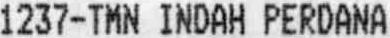
1237-TMN INDAH PERDANA